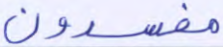
مفسدون